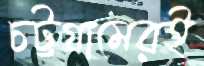
চট্টগ্রামেরই